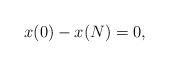
LaTeX: \begin{align*} x(0)-x(N)=0, \end{align*}